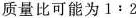
质量比可能为1:2